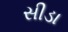
સીડા